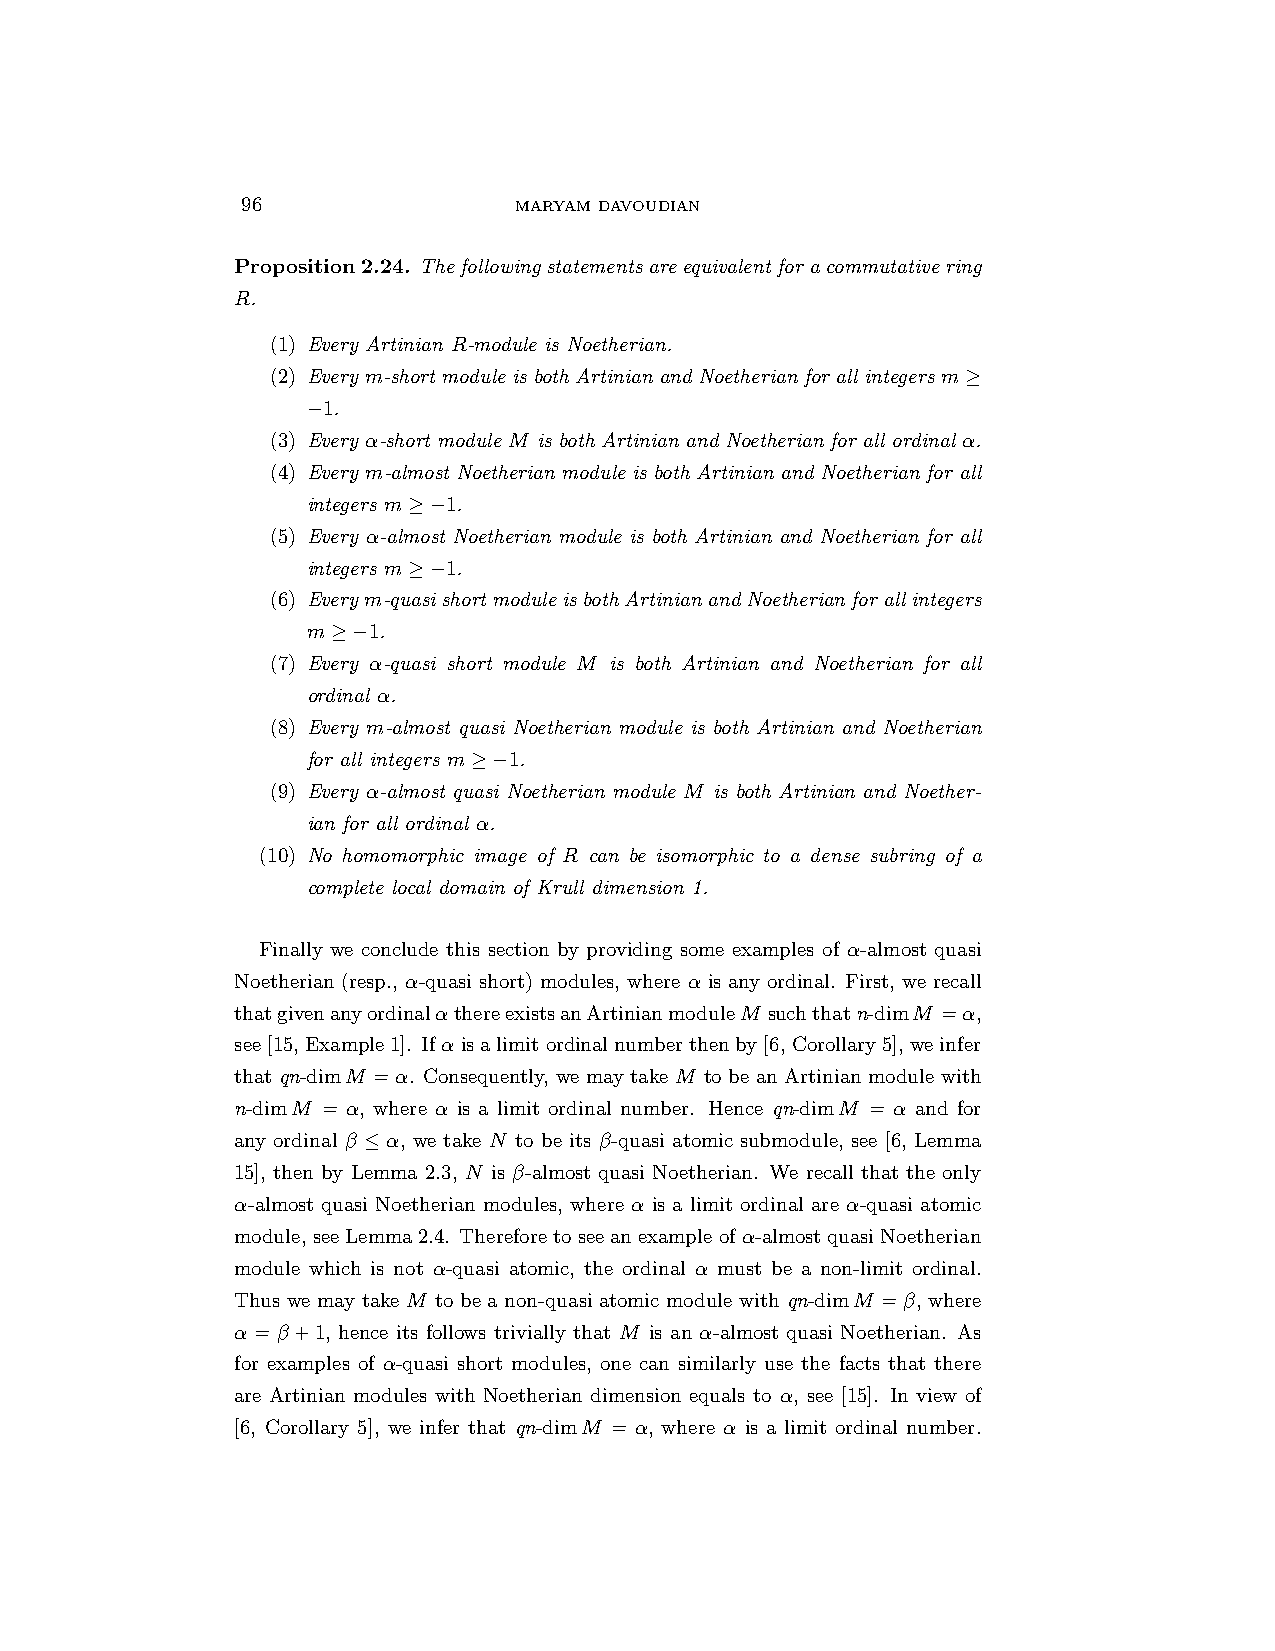
96                MARYAM DAVOUDIAN
 Proposition2.24. Thefollowingstatementsareequivalentforacommutativering
 R.
 (1) Every Artinian R-module is Noetherian.
 (2) Every m-short module is both Artinian and Noetherian for all integers m≥
 −1.
 (3) Every α-short module M is both Artinian and Noetherian for all ordinal α.
 (4) Every m-almost Noetherian module is both Artinian and Noetherian for all
 integers m≥−1.
 (5) Every α-almost Noetherian module is both Artinian and Noetherian for all
 integers m≥−1.
 (6) Everym-quasishortmoduleisbothArtinianandNoetherianforallintegers
 m≥−1.
 (7) Every α-quasi short module M is both Artinian and Noetherian for all
 ordinal α.
 (8) Every m-almost quasi Noetherian module is both Artinian and Noetherian
 for all integers m≥−1.
 (9) Every α-almost quasi Noetherian module M is both Artinian and Noether-
 ian for all ordinal α.
 (10) No homomorphic image of R can be isomorphic to a dense subring of a
 complete local domain of Krull dimension 1.
 Finally we conclude this section by providing some examples of α-almost quasi
 Noetherian (resp., α-quasi short) modules, where α is any ordinal. First, we recall
 thatgivenanyordinalαthereexistsanArtinianmoduleM suchthatn-dimM =α,
 see[15,Example1]. Ifαisalimitordinalnumberthenby[6,Corollary5],weinfer
 that qn-dimM =α. Consequently, we may take M to be an Artinian module with
 n-dimM = α, where α is a limit ordinal number. Hence qn-dimM = α and for
 any ordinal β ≤ α, we take N to be its β-quasi atomic submodule, see [6, Lemma
 15], then by Lemma 2.3, N is β-almost quasi Noetherian. We recall that the only
 α-almost quasi Noetherian modules, where α is a limit ordinal are α-quasi atomic
 module, seeLemma2.4. Thereforetoseeanexampleofα-almostquasiNoetherian
 module which is not α-quasi atomic, the ordinal α must be a non-limit ordinal.
 Thus we may take M to be a non-quasi atomic module with qn-dimM =β, where
 α = β+1, hence its follows trivially that M is an α-almost quasi Noetherian. As
 for examples of α-quasi short modules, one can similarly use the facts that there
 are Artinian modules with Noetherian dimension equals to α, see [15]. In view of
 [6, Corollary 5], we infer that qn-dimM = α, where α is a limit ordinal number.